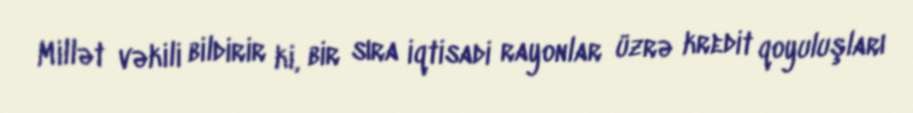
Millət vəkili bildirir ki, bir sıra iqtisadi rayonlar üzrə kredit qoyuluşları